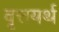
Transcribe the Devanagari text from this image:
वृत्तयर्थ